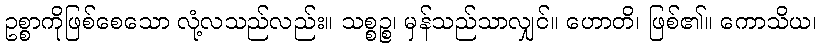
ဥစ္စာကိုဖြစ်စေသော လုံ့လသည်လည်း။ သစ္စဉ္စ၊ မှန်သည်သာလျှင်။ ဟောတိ၊ ဖြစ်၏။ ကောသိယ၊